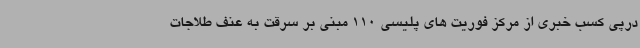
درپی کسب خبری از مرکز فوریت های پلیسی 110 مبنی بر سرقت به عنف طلاجات